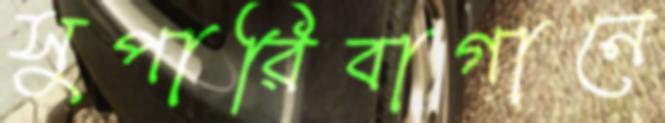
সুপারিবাগানে